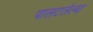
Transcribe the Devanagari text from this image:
पालटलेल्या